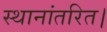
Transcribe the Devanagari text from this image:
स्थानांतरित।